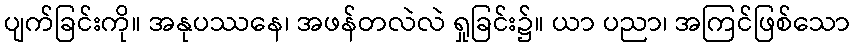
ပျက်ခြင်းကို။ အနုပဿနေ၊ အဖန်တလဲလဲ ရှုခြင်း၌။ ယာ ပညာ၊ အကြင်ဖြစ်သော